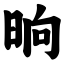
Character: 晌